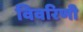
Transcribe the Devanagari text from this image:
विवरिणी